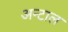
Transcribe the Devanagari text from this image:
अन्टाल